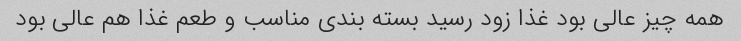
همه چیز عالی بود غذا زود رسید بسته بندی مناسب و طعم غذا هم عالی بود